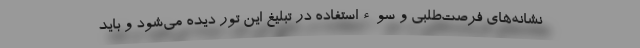
نشانه‌های فرصت‌طلبی و سوءاستفاده در تبلیغ این تور دیده می‌شود و باید